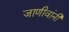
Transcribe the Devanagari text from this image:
जाणीवांनी